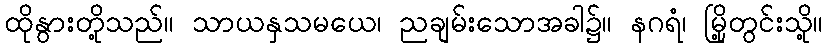
ထိုနွားတို့သည်။ သာယနှသမယေ၊ ညချမ်းသောအခါ၌။ နဂရံ၊ မြို့တွင်းသို့။